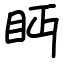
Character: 眄